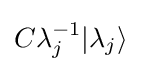
C\lambda _{j}^{-1}|\lambda _{j}\rangle